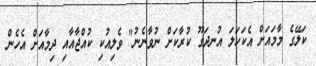
ކަލޭގެ މާމައަށް އެކަހަލަ އުނދަގޫ ކުރާކަށް ނުވާނެނު" ވެލިއުކި ކުއްޖާއާއި ދިމާއަށް އެހެން